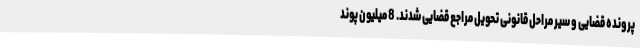
پرونده قضایی و سیر مراحل قانونی تحویل مراجع قضایی شدند. 8 میلیون پوند